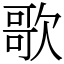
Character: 歌